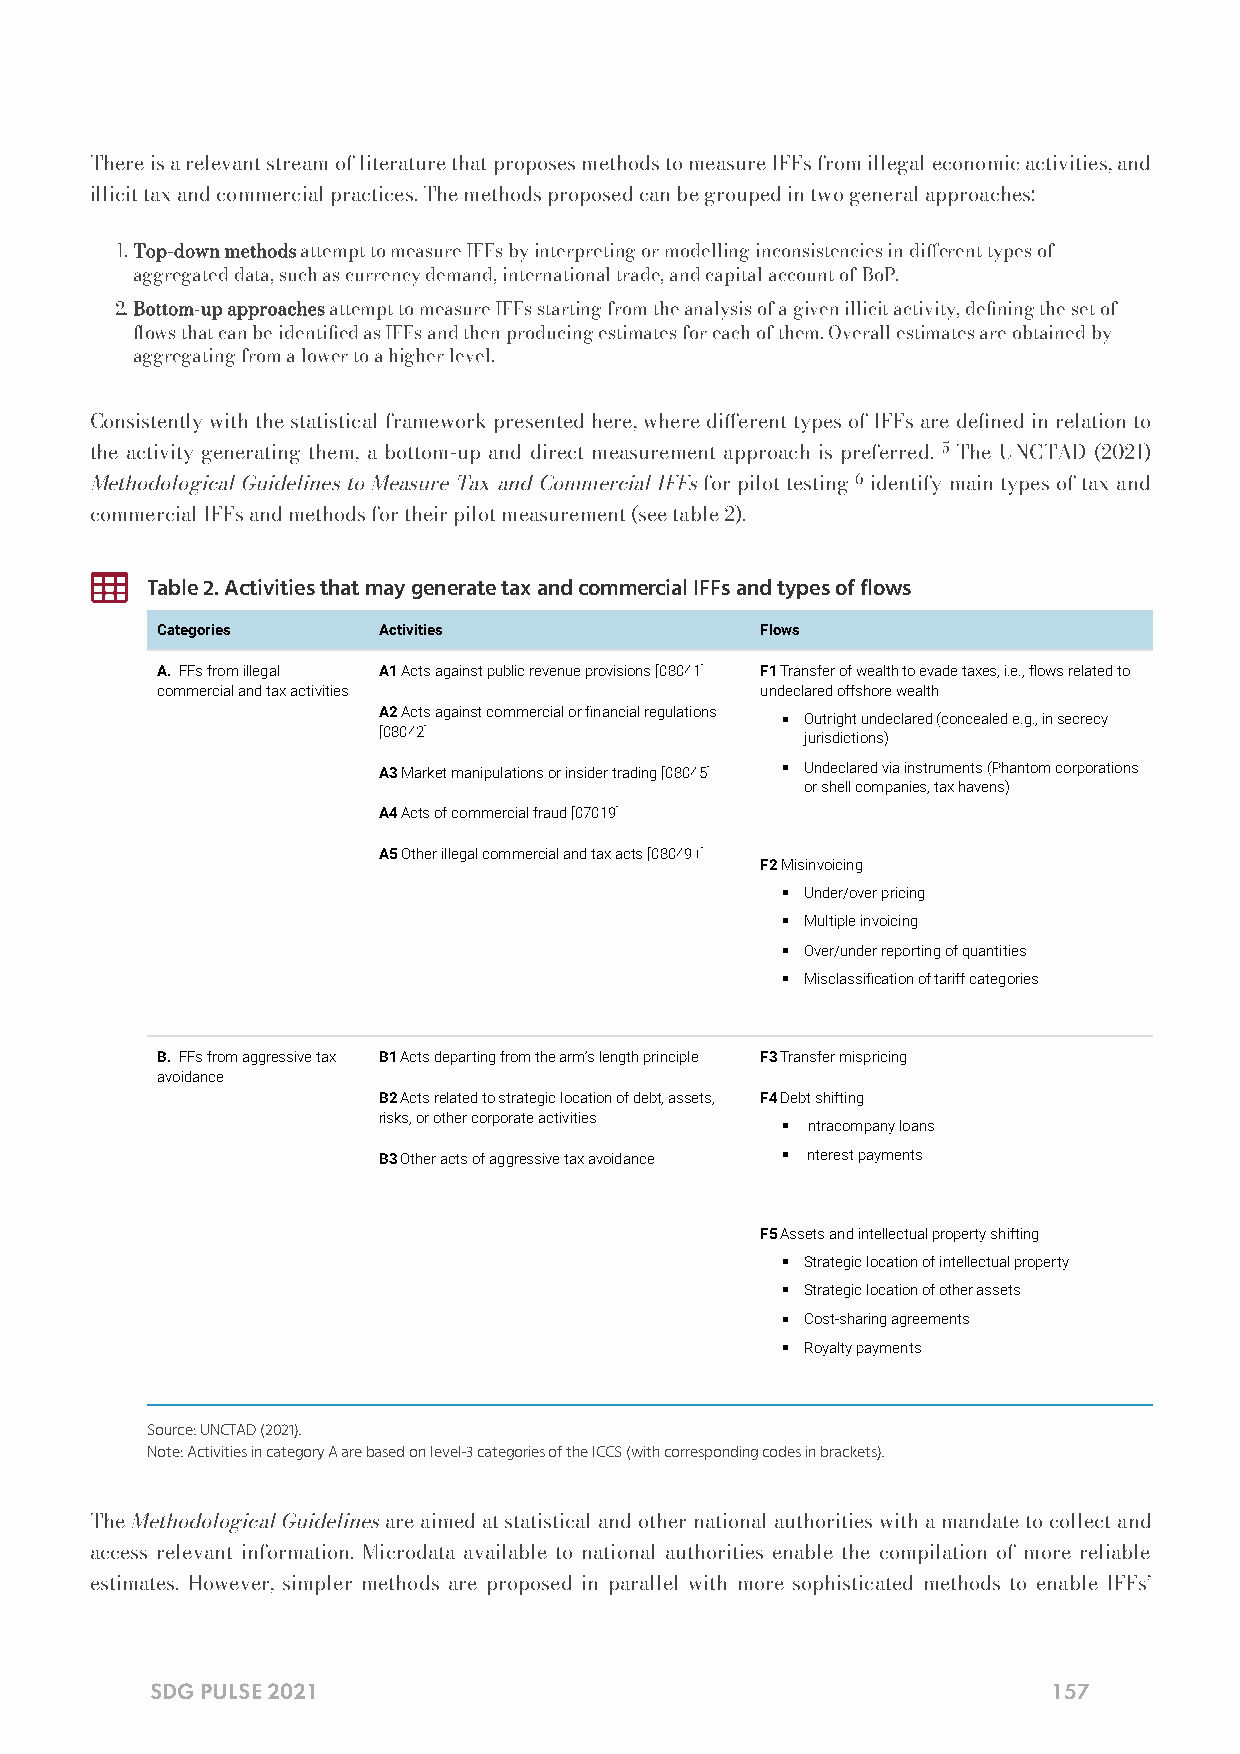
There is a relevant stream of literature that proposes methods to measure IFFs from illegal economic activities, and
 illicit tax and commercial practices. The methods proposed can be grouped in two general approaches:
 .Top-down methods attempt to measure IFFs by interpreting or modelling inconsistencies in dierent types of
 aggregated data, such as currency demand, international trade, and capital account of BoP.
 .Bottom-up approaches attempt to measure IFFs starting from the analysis of a given illicit activity, dening the set of
 ows that can be identied as IFFs and then producing estimates for each of them. Overall estimates are obtained by
 aggregating from a lower to a higher level.
 Consistently with the statistical framework presented here, where dierent types of IFFs are dened in relation to
 the activity generating them, a bottom-up and direct measurement approach is preferred. 5 The UNCTAD (2021)
 Methodological Guidelines to Measure Tax and Commercial IFFs for pilot testing 6 identify main types of tax and
 commercial IFFs and methods for their pilot measurement (see table 2).
 
 Table 2. Activities that may generate tax and commercial IFFs and types of flows
 Categories     Activities               Flows
 A. IFFs from illegal A1 Acts against public revenue provisions [08041] F1 Transfer of wealth to evade taxes, i.e., ows related to
 commercial and tax activities           undeclared offshore wealth
 A2 Acts against commercial or nancial regulations
 Outright undeclared (concealed e.g., in secrecy
 [08042]                     jurisdictions)
 A3 Market manipulations or insider trading [08045] Undeclared via instruments (Phantom corporations
 or shell companies, tax havens)
 A4 Acts of commercial fraud [07019]
 A5 Other illegal commercial and tax acts [08049+]
 F2 Misinvoicing
 Under/over pricing
 Multiple invoicing
 Over/under reporting of quantities
 Misclassication of tariff categories
 B. IFFs from aggressive tax B1 Acts departing from the arm’s length principle F3 Transfer mispricing
 avoidance
 B2 Acts related to strategic location of debt, assets, F4 Debt shifting
 risks, or other corporate activities
 Intracompany loans
 B3 Other acts of aggressive tax avoidance Interest payments
 F5 Assets and intellectual property shifting
 Strategic location of intellectual property
 Strategic location of other assets
 Cost-sharing agreements
 Royalty payments
 Source: UNCTAD (2021).
 Note: Activities in category A are based on level-3 categories of the ICCS (with corresponding codes in brackets).
 The Methodological Guidelines are aimed at statistical and other national authorities with a mandate to collect and
 access relevant information. Microdata available to national authorities enable the compilation of more reliable
 estimates. However, simpler methods are proposed in parallel with more sophisticated methods to enable IFFs’
 SDG PULSE 2021                                              157